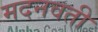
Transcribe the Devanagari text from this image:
मदनवती